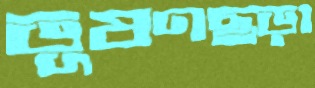
ভূষণছড়া